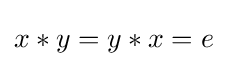
x*y=y*x=e